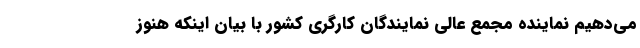
می‌دهیم نماینده مجمع عالی نمایندگان کارگری کشور با بیان اینکه هنوز